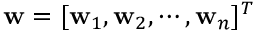
\mathbf { w } = [ \mathbf { w } _ { 1 } , \mathbf { w } _ { 2 } , \cdots , \mathbf { w } _ { n } ] ^ { T }